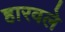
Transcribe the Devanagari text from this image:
हारवले